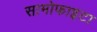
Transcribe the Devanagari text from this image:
सामोफाइटा